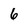
Character: 6